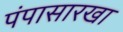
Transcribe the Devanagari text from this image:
पंपासारखा